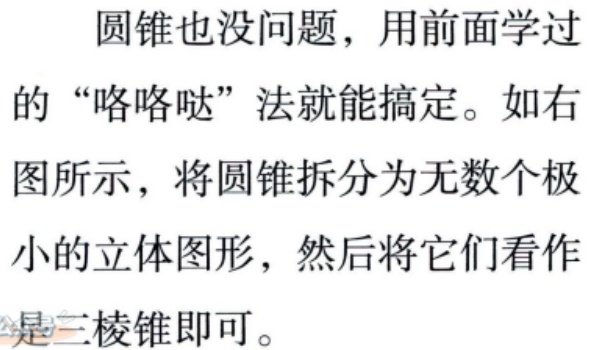
圆锥也没问题，用前面学过的“咯咯哒”法就能搞定。如右图所示，将圆锥拆分为无数个极小的立体图形，然后将它们看作是三棱锥即可。